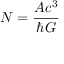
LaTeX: N = { \frac { A c ^ { 3 } } { \hbar G } }